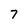
Character: 7